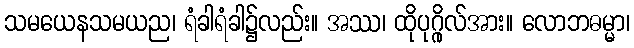
သမယေနသမယည၊ ရံခါရံခါ၌လည်း။ အဿ၊ ထိုပုဂ္ဂိုလ်အား။ လောဘဓမ္မာ၊